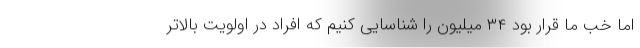
اما خب ما قرار بود ۳۴ میلیون را شناسایی کنیم که افراد در اولویت بالاتر